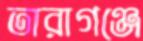
তারাগঞ্জে